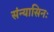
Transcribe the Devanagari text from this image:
संन्यासिनः